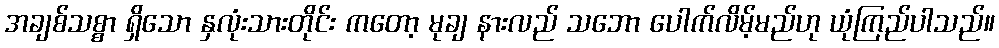
အချစ်သစ္စာ ရှိသော နှလုံးသားတိုင်း ကတော့ မုချ နားလည် သဘော ပေါက်လိမ့်မည်ဟု ယုံကြည်ပါသည်။